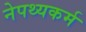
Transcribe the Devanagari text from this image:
नेपथ्यकर्म